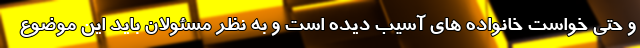
و حتی خواست خانواده های آسیب دیده است و به نظر مسئولان باید این موضوع